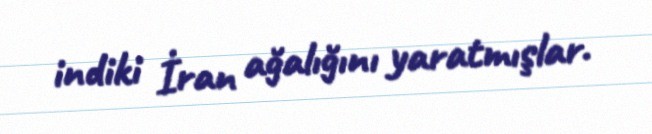
indiki İran ağalığını yaratmışlar.